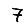
Digit: 7